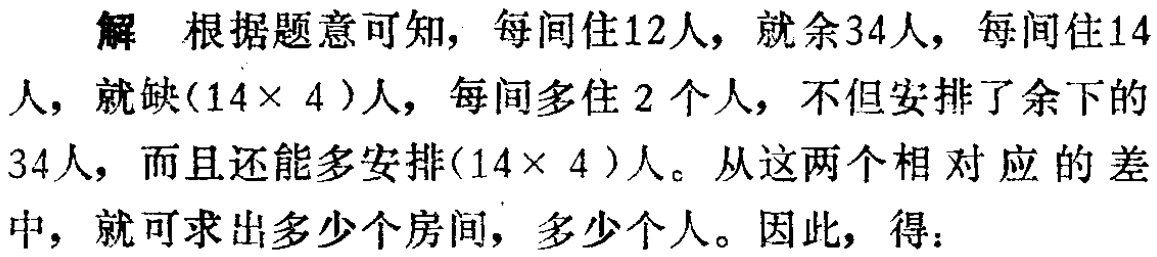
解 根据题意可知，每间住12人，就余34人，每间住14人，就缺\((14\times 4)\)人，每间多住2个人，不但安排了余下的34人，而且还能多安排\((14\times 4)\)人。从这两个相对应的差中，就可求出多少个房间，多少个人。因此，得：